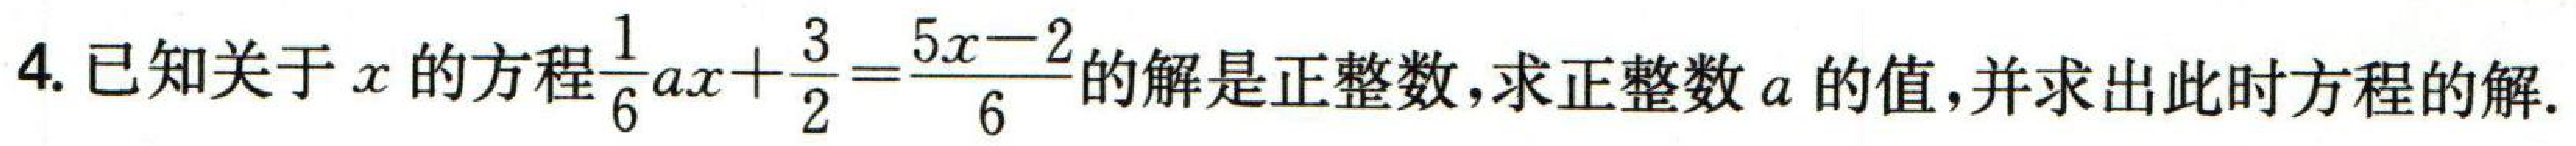
4. 已知关于$x$的方程$\frac{1}{6}ax + \frac{3}{2} = \frac{5x - 2}{6}$的解是正整数,求正整数$a$的值,并求出此时方程的解.